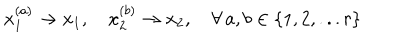
x _ { 1 } ^ { ( a ) } \rightarrow x _ { 1 } , \quad x _ { 2 } ^ { ( b ) } \rightarrow x _ { 2 } , \quad \forall \, a , b \in \{ 1 , 2 , . . . r \}